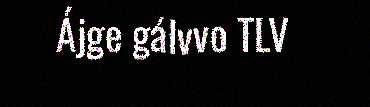
Ájge gálvvo TLV